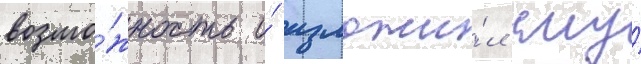
возмо́жность и́ изложи́л ему́